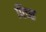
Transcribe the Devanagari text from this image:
पिच्छ